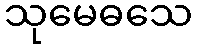
သုမေဓသေ